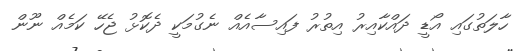
ހާލަތުގައި އޯޑީ ދައްކާއިރު އިތުރު ފައިސާއެއް ނެގުމަކީ ދެކޮޅު ޖެހޭ ކަމެއް ނޫން